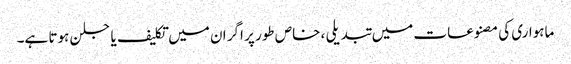
ماہواری کی مصنوعات میں تبدیلی ، خاص طور پر اگر ان میں تکلیف یا جلن ہوتا ہے۔